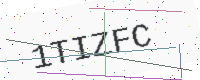
Text: 1TIZFC